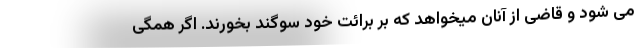
می شود و قاضی از آنان میخواهد که بر برائت خود سوگند بخورند. اگر همگی